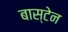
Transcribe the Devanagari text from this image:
बास्टेन